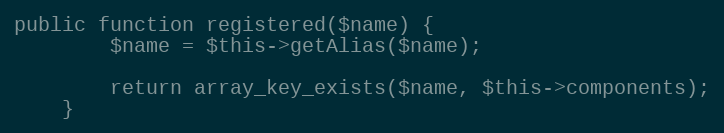
Language: PHP
public function registered($name) {
		$name = $this->getAlias($name);

		return array_key_exists($name, $this->components);
	}